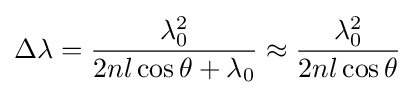
\Delta \lambda ={\frac {\lambda _{0}^{2}}{2nl\cos \theta +\lambda _{0}}}\approx {\frac {\lambda _{0}^{2}}{2nl\cos \theta }}